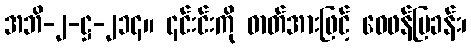
အဘိ-၂-ဋ္ဌ-၂၁၄။ ၎င်းင်းကို ဓာတ်အားဖြင့် ဝေဖန်ပြခန်း၊